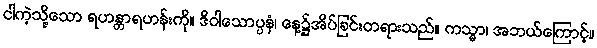
ငါကဲ့သို့သော ရဟန္တာရဟန်းကို။ ဒိဝါသောပ္ပနံ၊ နေ့၌အိပ်ခြင်းတရားသည်။ ကသ္မာ၊ အဘယ်ကြောင့်။